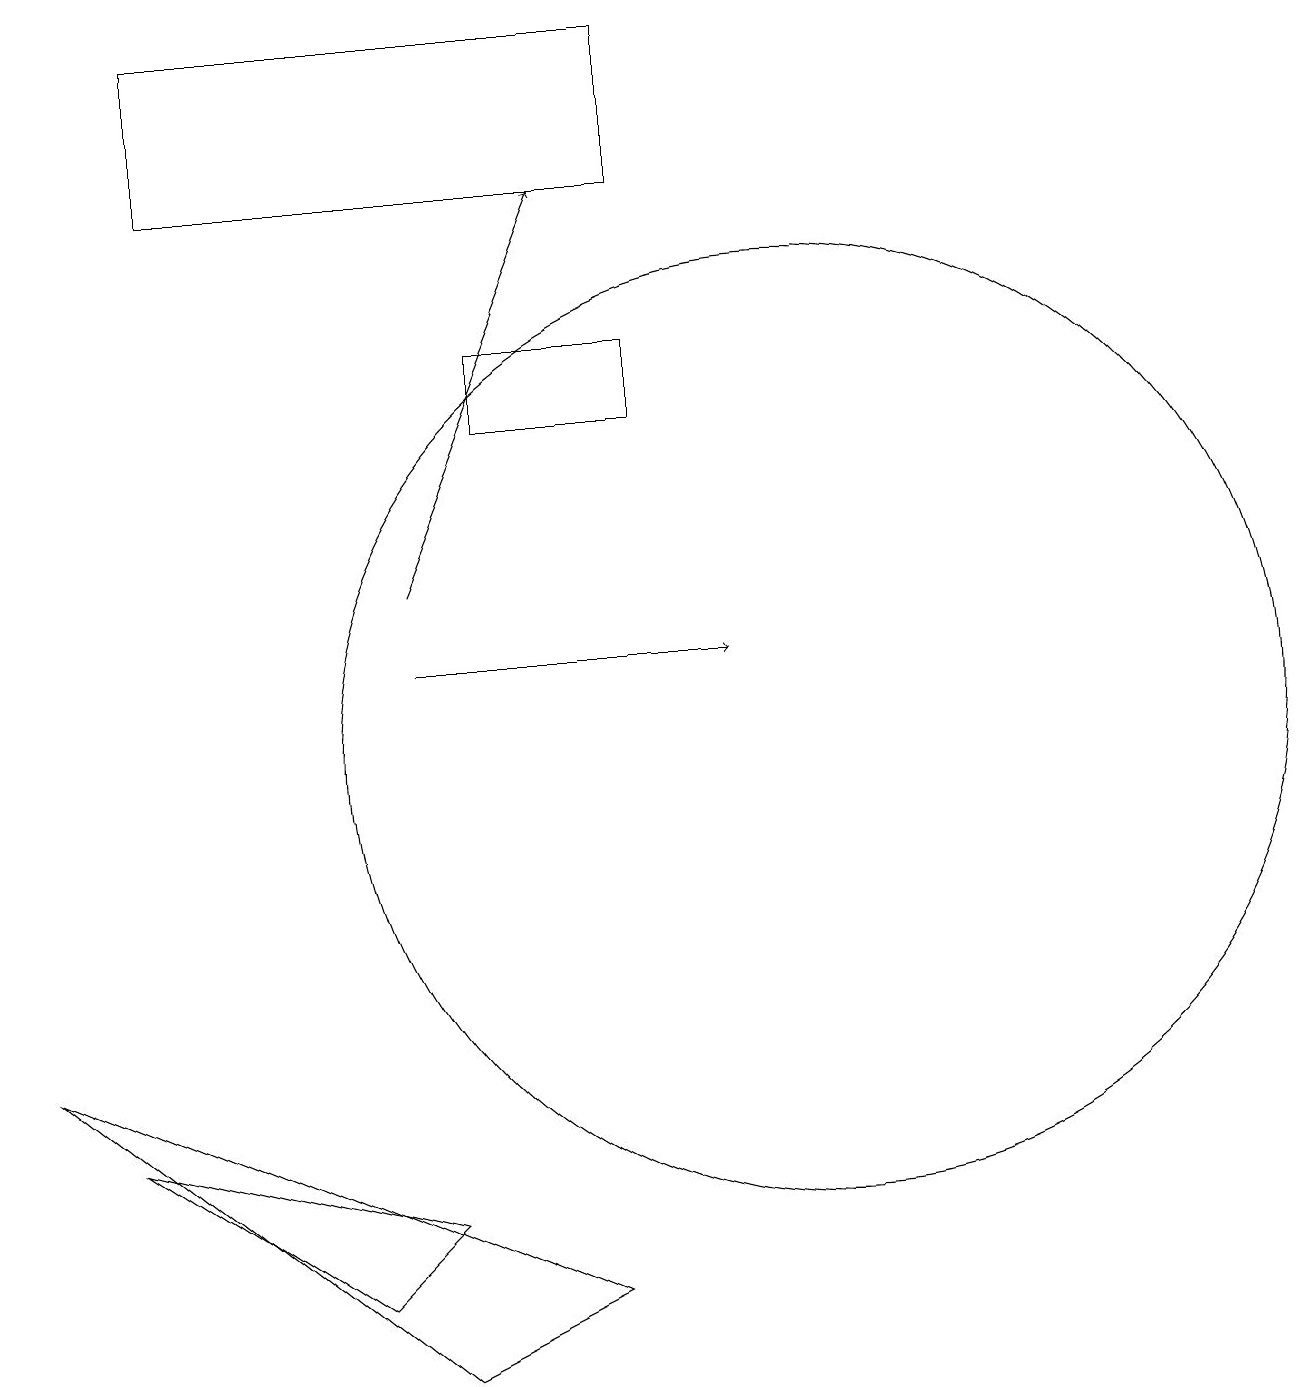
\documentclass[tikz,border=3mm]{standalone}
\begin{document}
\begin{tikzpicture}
\draw[->] (5,11) -- (9,11);
\draw (10,10) circle (6);
\draw[->] (5,12) -- (7,17);
\draw (4,3) -- (5,4) -- (1,5) -- cycle;
\draw (7,3) -- (0,6) -- (5,2) -- cycle;
\draw (8,19) rectangle (2,17);
\draw (8,14) rectangle (6,15);
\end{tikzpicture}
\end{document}